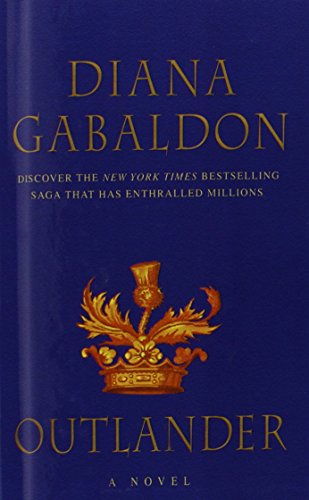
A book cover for Outlander (Turtleback School & Library Binding Edition); Diana Gabaldon; Romance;